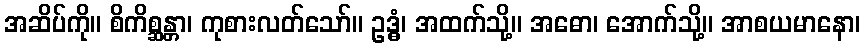
အဆိပ်ကို။ စိကိစ္ဆန္တာ၊ ကုစားလတ်သော်။ ဥဒ္ဓံ၊ အထက်သို့။ အဓော၊ အောက်သို့။ အာစယမာနော၊